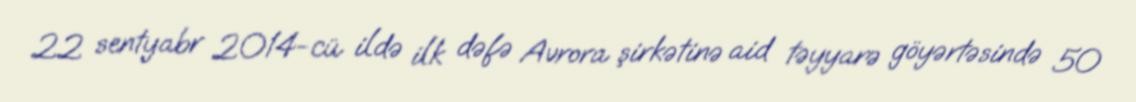
22 sentyabr 2014-cü ildə ilk dəfə Avrora şirkətinə aid təyyarə göyərtəsində 50